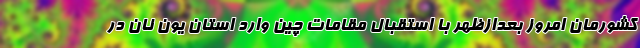
کشورمان امروز بعدازظهر با استقبال مقامات چین وارد استان یون نان در